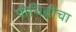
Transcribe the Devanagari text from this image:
पीचिह्लीचा